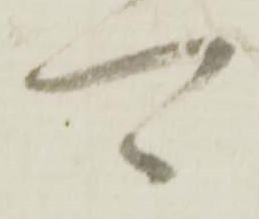
可